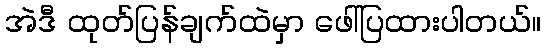
အဲဒီ ထုတ်ပြန်ချက်ထဲမှာ ဖေါ်ပြထားပါတယ်။